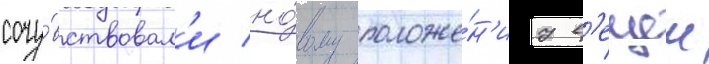
сочу́вствовал'и но́вому положе́н'иу в'ещеи